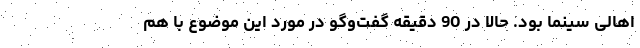
اهالی سینما بود. حالا در 90 دقیقه گفت‌وگو در مورد این موضوع با هم